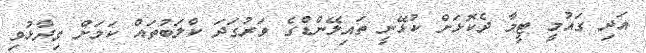
އަދި ގައުމީ ޓީމާ ދެކޮޅަށް ކުޅޭނީ ތައިލޭންޑްގެ ވަރުގަދަ ކްލަބުތައް ކަމަށް ވިދާޅުވި